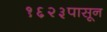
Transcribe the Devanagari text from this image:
१६२३पासून